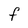
Character: F